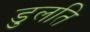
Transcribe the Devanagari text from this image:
डुलति